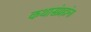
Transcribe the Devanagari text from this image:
कथासंग्रहांना